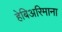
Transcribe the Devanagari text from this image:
हेबिअरिमाना